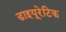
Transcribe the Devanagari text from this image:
डाइयूरेटिक